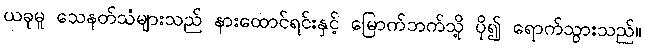
ယခုမူ သေနတ်သံများသည် နားထောင်ရင်းနှင့် မြောက်ဘက်သို့ ပို၍ ရောက်သွားသည်။